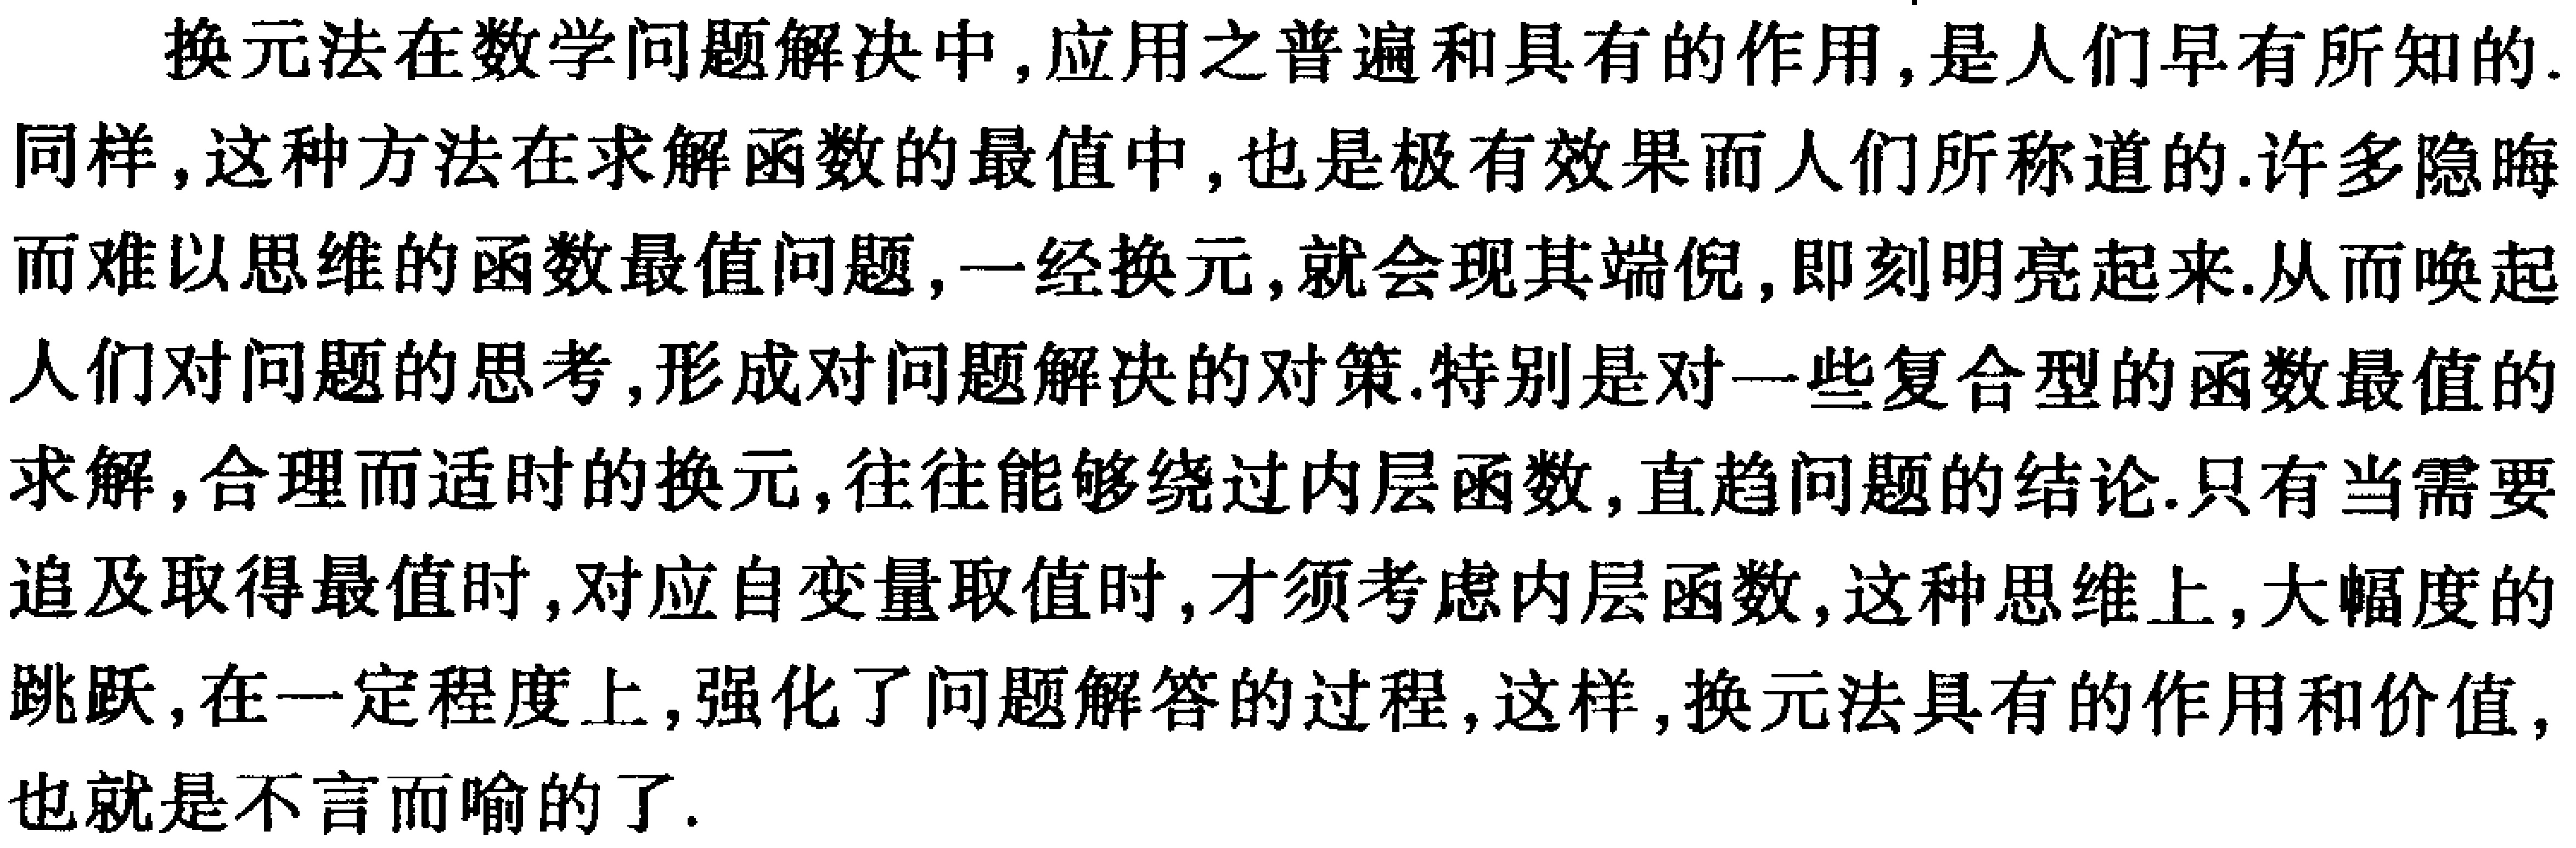
换元法在数学问题解决中,应用之普遍和具有的作用,是人们早有所知的.
同样,这种方法在求解函数的最值中,也是极有效果而人们所称道的.许多隐晦
而难以思维的函数最值问题,一经换元,就会现其端倪,即刻明亮起来.从而唤起
人们对问题的思考,形成对问题解决的对策.特别是对一些复合型的函数最值的
求解,合理而适时的换元,往往能够绕过内层函数,直趋问题的结论.只有当需要
追及取得最值时,对应自变量取值时,才须考虑内层函数,这种思维上,大幅度的
跳跃,在一定程度上,强化了问题解答的过程,这样,换元法具有的作用和价值,
也就是不言而喻的了.